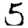
Digit: 5